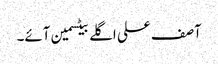
آصف علی اگلے بیٹسمین آئے۔